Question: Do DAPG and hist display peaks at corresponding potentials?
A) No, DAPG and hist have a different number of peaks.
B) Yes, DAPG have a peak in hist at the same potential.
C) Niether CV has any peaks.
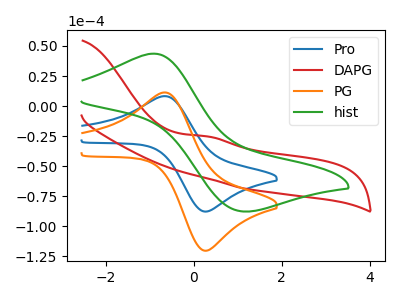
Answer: <think>The blue curve "Pro" has an anodic peak at (-0.65V, 8.25uA) and a cathodic peak at (0.25V, -87.85uA). The red curve "DAPG" has an anodic peak at: (0.30V, -25.25uA). The orange curve "PG" has an anodic peak at (-0.65V, 11.30uA) and a cathodic peak at (0.25V, -120.40uA). The green curve "hist" has an anodic peak at (-0.90V, 43.60uA) and a cathodic peak at (1.10V, -87.75uA).</think>
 <answer>A) No, "DAPG" and "hist" have a different number of peaks.</answer>
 <eval>A</eval>